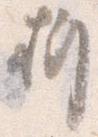
折